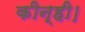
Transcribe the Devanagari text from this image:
कीन्ही।